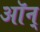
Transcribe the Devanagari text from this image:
ऑन्